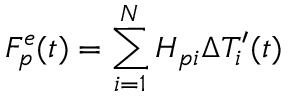
F _ { p } ^ { e } ( t ) = \sum _ { i = 1 } ^ { N } H _ { p i } \Delta T _ { i } ^ { \prime } ( t )